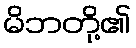
မိဘတို့၏